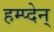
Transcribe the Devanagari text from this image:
हम्प्देन्